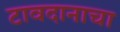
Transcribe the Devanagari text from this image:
टावदानाचा